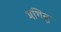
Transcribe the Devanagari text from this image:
मथितुं